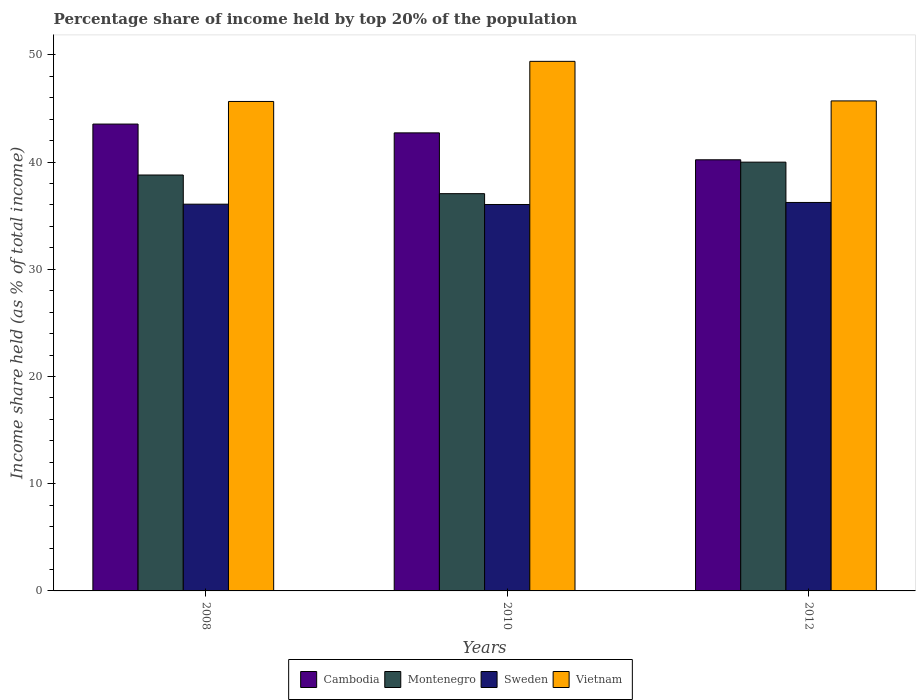
| Years | Cambodia | Montenegro | Sweden | Vietnam |
 | --- | --- | --- | --- | --- |
 | 2008 | 43.5 | 38.8 | 36.1 | 45.6 |
 | 2010 | 42.7 | 37 | 36 | 49.4 |
 | 2012 | 40.2 | 40 | 36.2 | 45.7 |